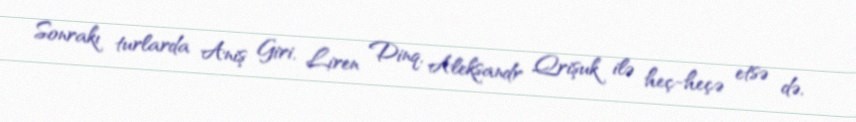
Sonrakı turlarda Aniş Giri, Liren Dinq, Aleksandr Qrişuk ilə heç-heçə etsə də,